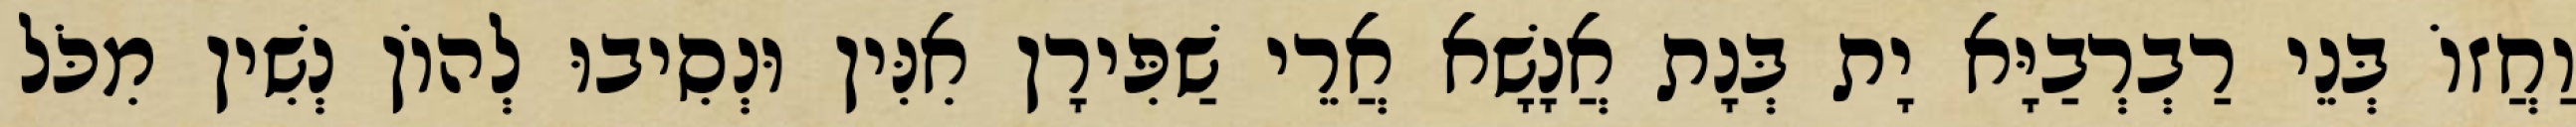
וַחֲזוֹ בְּנֵי רַבְרְבַיָּא יָת בְּנָת אֲנָשָׁא אֲרֵי שַׁפִּירָן אִנִּין וּנְסִיבוּ לְהוֹן נְשִׁין מִכֹּל